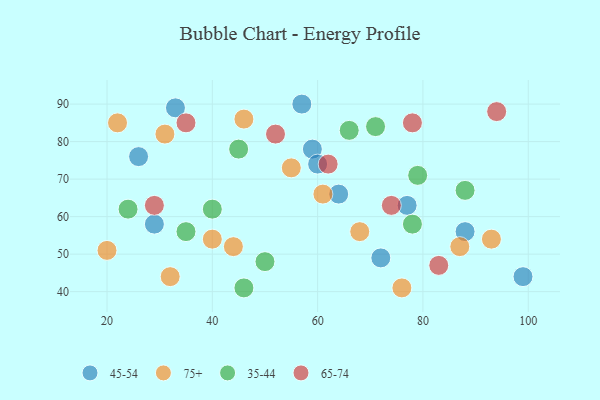
{"axis": {"x": "GDP", "y": "Life Expectancy"}, "legend": ["35-44", "45-54", "65-74", "75+"], "data": [{"x": "88", "y": 56, "type": "45-54"}, {"x": "77", "y": 63, "type": "45-54"}, {"x": "33", "y": 89, "type": "45-54"}, {"x": "26", "y": 76, "type": "45-54"}, {"x": "64", "y": 66, "type": "45-54"}, {"x": "29", "y": 58, "type": "45-54"}, {"x": "59", "y": 78, "type": "45-54"}, {"x": "72", "y": 49, "type": "45-54"}, {"x": "99", "y": 44, "type": "45-54"}, {"x": "60", "y": 74, "type": "45-54"}, {"x": "57", "y": 90, "type": "45-54"}, {"x": "76", "y": 41, "type": "75+"}, {"x": "44", "y": 52, "type": "75+"}, {"x": "32", "y": 44, "type": "75+"}, {"x": "46", "y": 86, "type": "75+"}, {"x": "55", "y": 73, "type": "75+"}, {"x": "31", "y": 82, "type": "75+"}, {"x": "61", "y": 66, "type": "75+"}, {"x": "40", "y": 54, "type": "75+"}, {"x": "68", "y": 56, "type": "75+"}, {"x": "93", "y": 54, "type": "75+"}, {"x": "20", "y": 51, "type": "75+"}, {"x": "22", "y": 85, "type": "75+"}, {"x": "87", "y": 52, "type": "75+"}, {"x": "71", "y": 84, "type": "35-44"}, {"x": "45", "y": 78, "type": "35-44"}, {"x": "78", "y": 58, "type": "35-44"}, {"x": "88", "y": 67, "type": "35-44"}, {"x": "24", "y": 62, "type": "35-44"}, {"x": "66", "y": 83, "type": "35-44"}, {"x": "79", "y": 71, "type": "35-44"}, {"x": "40", "y": 62, "type": "35-44"}, {"x": "50", "y": 48, "type": "35-44"}, {"x": "46", "y": 41, "type": "35-44"}, {"x": "35", "y": 56, "type": "35-44"}, {"x": "83", "y": 47, "type": "65-74"}, {"x": "94", "y": 88, "type": "65-74"}, {"x": "35", "y": 85, "type": "65-74"}, {"x": "62", "y": 74, "type": "65-74"}, {"x": "74", "y": 63, "type": "65-74"}, {"x": "29", "y": 63, "type": "65-74"}, {"x": "52", "y": 82, "type": "65-74"}, {"x": "78", "y": 85, "type": "65-74"}]}